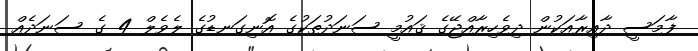
ފާމަސީ ދާއިރާއަކުން ދިވެހިރާއްޖޭގެ ޤައުމީ ސަނަދުތަކުގެ އޮނިގަނޑުގެ ލެވެލް 4 ގެ ސަނަދެއް